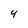
Character: 4